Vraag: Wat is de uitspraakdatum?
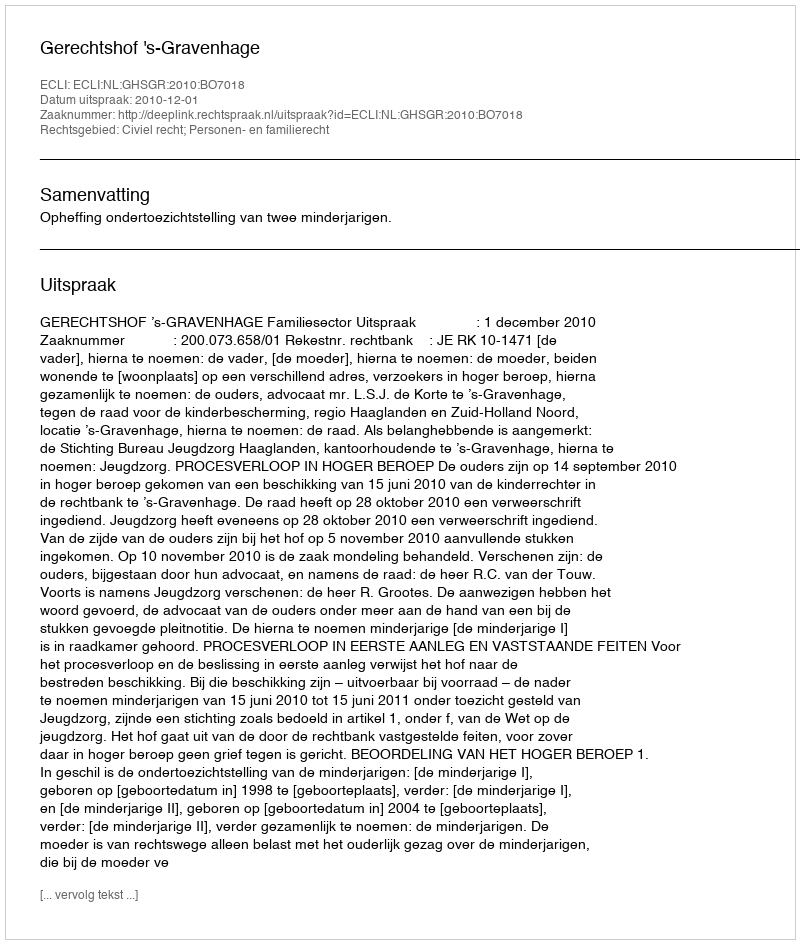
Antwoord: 2010-12-01